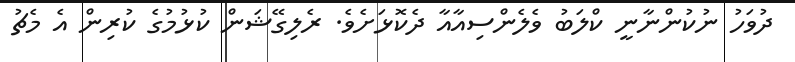
ދުވަހު ނުކުންނާނީ ކްލަބު ވެލެންސިއާއާ ދެކޮޅަށެވެ. ރެލިގޭޝަން ކުޅުމުގެ ކުރިން އެ މެޗު